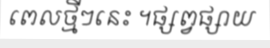
ពេលថ្មីៗនេះ ។ផ្សព្វផ្សាយ